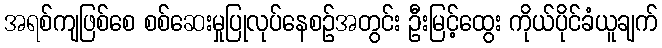
အရစ်ကျဖြစ်စေ စစ်ဆေးမှုပြုလုပ်နေစဉ်အတွင်း ဦးမြင့်ထွေး ကိုယ်ပိုင်ခံယူချက်